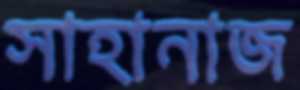
সাহানাজ